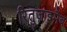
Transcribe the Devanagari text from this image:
रितुज़ाइमैब